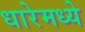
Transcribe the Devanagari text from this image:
धारेमध्ये